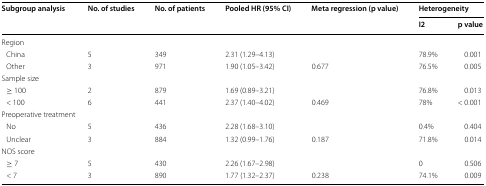
<table><thead><tr><td rowspan="2"><b>Subgroup analysis</b></td><td rowspan="2"><b>No. of studies</b></td><td rowspan="2"><b>No. of patients</b></td><td rowspan="2"><b>Pooled HR (95% CI)</b></td><td rowspan="2"><b>Meta regression (p value)</b></td><td colspan="2"><b>Heterogeneity</b></td></tr><tr><td><b>I2</b></td><td><b>p value</b></td></tr></thead><tbody><tr><td colspan="7">Region</td></tr><tr><td> China</td><td>5</td><td>349</td><td>2.31 (1.29–4.13)</td><td></td><td>78.9%</td><td>0.001</td></tr><tr><td> Other</td><td>3</td><td>971</td><td>1.90 (1.05–3.42)</td><td>0.677</td><td>76.5%</td><td>0.005</td></tr><tr><td colspan="7">Sample size</td></tr><tr><td> ≥ 100</td><td>2</td><td>879</td><td>1.69 (0.89–3.21)</td><td></td><td>76.8%</td><td>0.013</td></tr><tr><td> &lt; 100</td><td>6</td><td>441</td><td>2.37 (1.40–4.02)</td><td>0.469</td><td>78%</td><td>&lt; 0.001</td></tr><tr><td colspan="7">Preoperative treatment</td></tr><tr><td> No</td><td>5</td><td>436</td><td>2.28 (1.68–3.10)</td><td></td><td>0.4%</td><td>0.404</td></tr><tr><td> Unclear</td><td>3</td><td>884</td><td>1.32 (0.99–1.76)</td><td>0.187</td><td>71.8%</td><td>0.014</td></tr><tr><td colspan="7">NOS score</td></tr><tr><td> ≥ 7</td><td>5</td><td>430</td><td>2.26 (1.67–2.98)</td><td></td><td>0</td><td>0.506</td></tr><tr><td> &lt; 7</td><td>3</td><td>890</td><td>1.77 (1.32–2.37)</td><td>0.238</td><td>74.1%</td><td>0.009</td></tr></tbody></table>